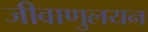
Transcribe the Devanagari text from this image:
जीवाणुलयन